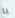
يا